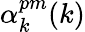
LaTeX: \alpha_{k}^{pm}(k)